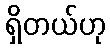
ရှိတယ်ဟု